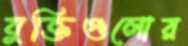
যুক্তিগুলোর